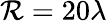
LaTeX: \mathcal{R}=20\lambda